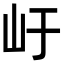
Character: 𭖂